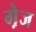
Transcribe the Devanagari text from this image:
गे़ज